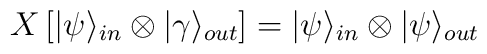
X \left [ | \psi \rangle_{in} \otimes | \gamma \rangle_{out} \right ]= | \psi \rangle_{in} \otimes |\psi \rangle_{out}